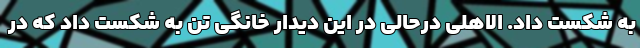
به شکست داد. الاهلی درحالی در این دیدار خانگی تن به شکست داد که در